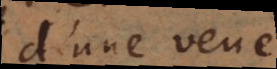
d’une veue